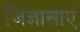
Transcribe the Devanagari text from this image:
जिज्ञासाएं